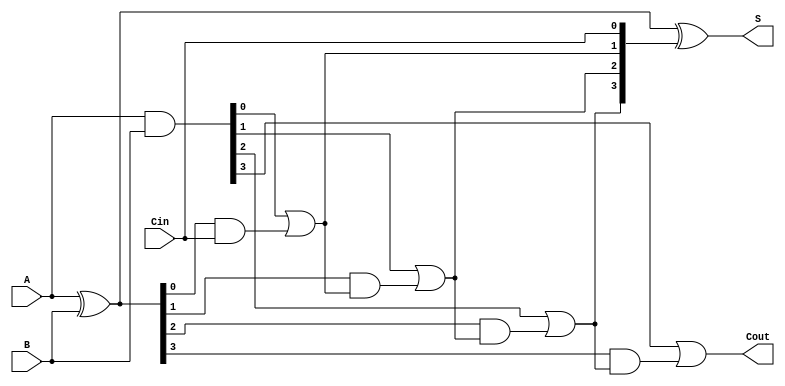
module CarryLookaheadAdder (
    input [3:0] A,      // First n-bit binary number
    input [3:0] B,      // Second n-bit binary number
    input Cin,          // Carry-in signal
    output [3:0] S,     // Sum output
    output Cout         // Carry-out signal
);

    // Generate (G) and Propagate (P) signals
    wire [3:0] G;  // Generate signals
    wire [3:0] P;  // Propagate signals
    wire [4:0] C;  // Carry signals (C0 to C4)

    // Generate and Propagate calculations
    assign G = A & B;          // Gi = Ai AND Bi
    assign P = A ^ B;          // Pi = Ai XOR Bi

    // Carry signals calculation
    assign C[0] = Cin;               // C0 = Cin
    assign C[1] = G[0] | (P[0] & C[0]); // C1 = G0 OR (P0 AND C0)
    assign C[2] = G[1] | (P[1] & C[1]); // C2 = G1 OR (P1 AND C1)
    assign C[3] = G[2] | (P[2] & C[2]); // C3 = G2 OR (P2 AND C2)
    assign C[4] = G[3] | (P[3] & C[3]); // C4 = G3 OR (P3 AND C3)

    // Sum calculations
    assign S = P ^ C[3:0]; // Si = Pi XOR Ci

    // Final Carry-out
    assign Cout = C[4]; // Cout = C4

endmodule